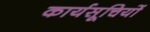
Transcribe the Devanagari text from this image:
कार्यसूचियों